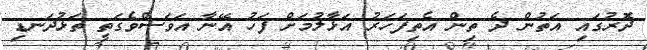
ދޮރުގައި އަތުން ދެ ތިން އެތިފަހަރު އަޅާލުމަށް ފަހު އޭނާ އަވަސްވެގަތީ ތަޅުދަނޑި